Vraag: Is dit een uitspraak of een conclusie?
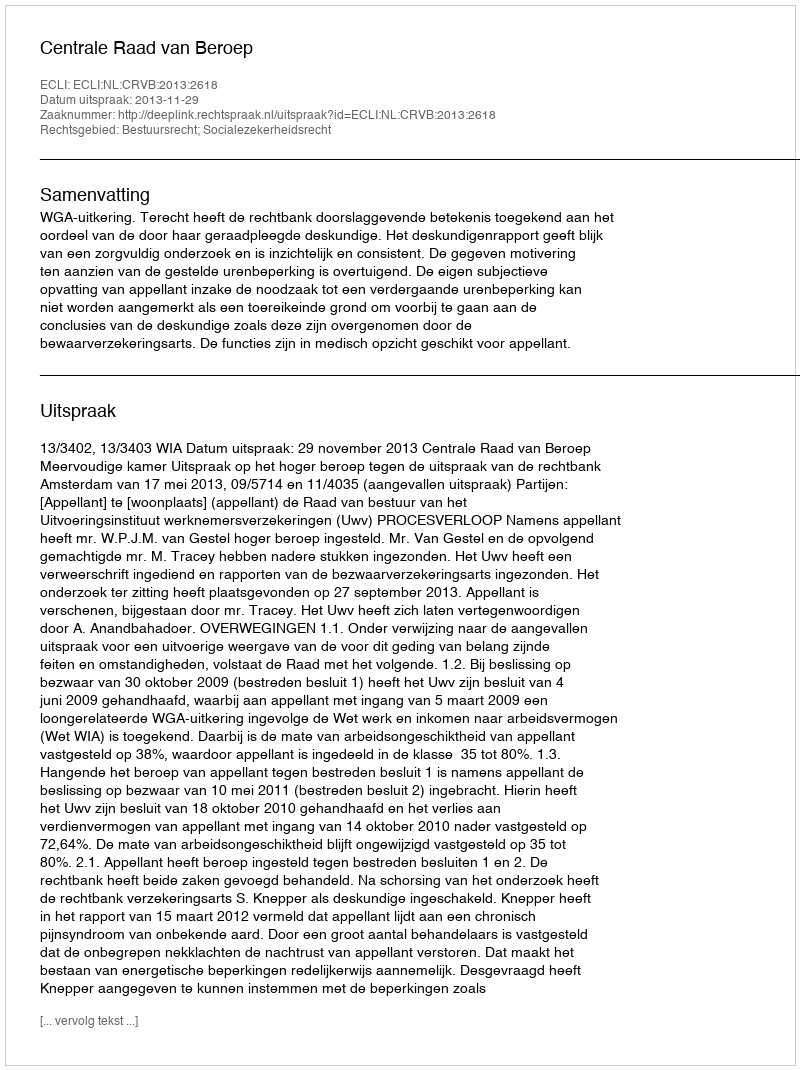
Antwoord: Uitspraak